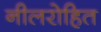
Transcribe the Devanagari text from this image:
नीलरोहित